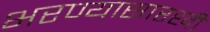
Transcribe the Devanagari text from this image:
भरण्यासारखी